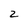
Character: 2